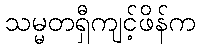
သမ္မတရှီကျင့်ဖိန်က